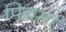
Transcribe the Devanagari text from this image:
पिन्नमा